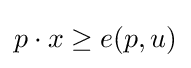
p\cdot x\geq e(p,u)